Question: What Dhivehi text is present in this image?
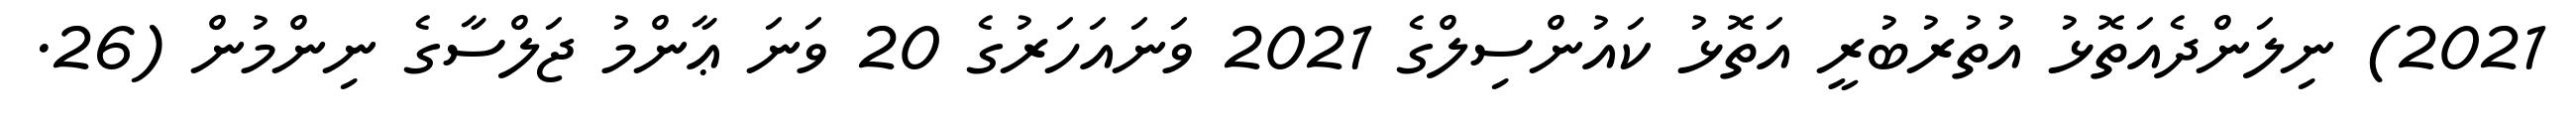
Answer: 2021) ނިލަންދެއަތޮޅު އުތުރުބުރީ އަތޮޅު ކައުންސިލްގެ 2021 ވަނައަހަރުގެ 20 ވަނަ ޢާންމު ޖަލްސާގެ ނިންމުން (26.